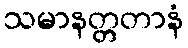
သမာနတ္တတာနံ